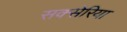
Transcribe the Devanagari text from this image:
सक्सेरिया